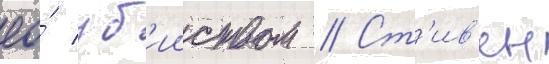
ео́ уб'ииством // Ст'ив'ен